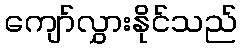
ကျော်လွှားနိုင်သည်